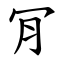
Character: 肎